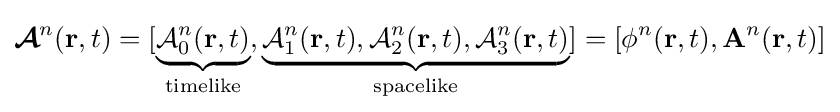
{\boldsymbol {\mathcal {A}}}^{n}(\mathbf {r} ,t)=[\underbrace {{\mathcal {A}}_{0}^{n}(\mathbf {r} ,t)} _{\text{timelike}},\underbrace {{\mathcal {A}}_{1}^{n}(\mathbf {r} ,t),{\mathcal {A}}_{2}^{n}(\mathbf {r} ,t),{\mathcal {A}}_{3}^{n}(\mathbf {r} ,t)} _{\text{spacelike}}]=[\phi ^{n}(\mathbf {r} ,t),\mathbf {A} ^{n}(\mathbf {r} ,t)]